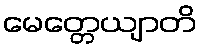
မေတ္တေယျာတိ